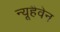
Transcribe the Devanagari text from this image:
न्यूहैवेन